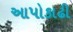
આપોકાઢી